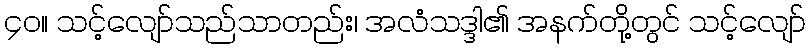
၄၀။ သင့်လျော်သည်သာတည်း၊ အလံသဒ္ဒါ၏ အနက်တို့တွင် သင့်လျော်